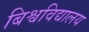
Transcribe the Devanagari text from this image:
बिश्वविद्यालय